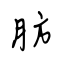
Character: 肪